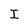
Character: I